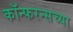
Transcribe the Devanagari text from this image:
कॉन्फरन्सच्या